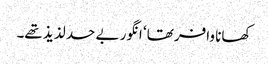
کھانا وافر تھا‘ انگور بے حد لذیذ تھے۔